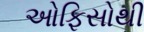
ઓફિસોથી